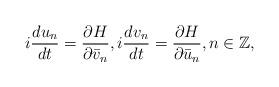
LaTeX: \begin{align*}i \frac{d u_n}{dt} = \frac{\partial H}{\partial \bar{v}_n}, i \frac{d v_n}{dt} = \frac{\partial H}{\partial \bar{u}_n}, n \in \mathbb{Z},\end{align*}